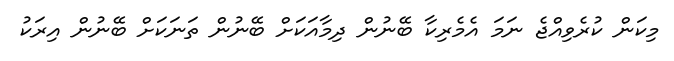
މިކަން ކުރެވިއްޖެ ނަމަ އެމެރިކާ ބޭނުން ދިމާއަކަށް ބޭނުން ތަނަކަށް ބޭނުން އިރަކު